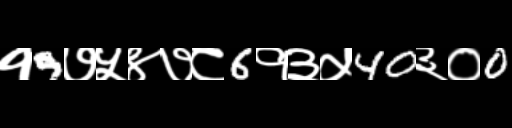
Text: १9७५४७८6१३५40३०0